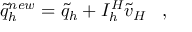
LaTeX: \tilde { q } _ { h } ^ { n e w } = \tilde { q } _ { h } + { \cal I } _ { h } ^ { H } \tilde { v } _ { H } \; \; \; ,